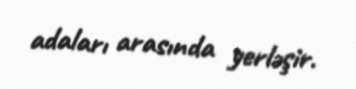
adaları arasında yerləşir.